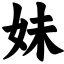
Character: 妹